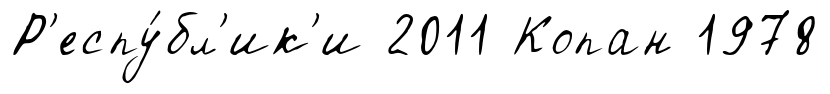
Р'еспу́бл'ик'и 2011 Копан 1978